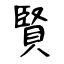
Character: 賢